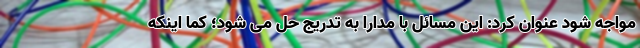
مواجه شود عنوان کرد: این مسائل با مدارا به تدریج حل می شود؛ کما اینکه